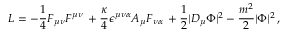
{ \cal L } = - { \frac { 1 } { 4 } } F _ { \mu \nu } F ^ { \mu \nu } \, + { \frac { \kappa } { 4 } } \epsilon ^ { \mu \nu \alpha } A _ { \mu } F _ { \nu \alpha } \, + { \frac { 1 } { 2 } } | D _ { \mu } \Phi | ^ { 2 } - \frac { m ^ { 2 } } { 2 } | \Phi | ^ { 2 } \, ,